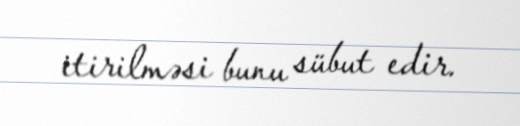
itirilməsi bunu sübut edir.